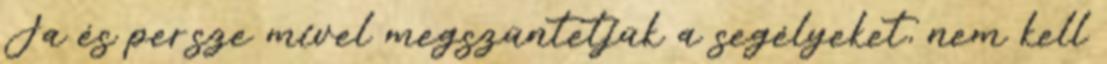
Ja és persze mivel megszüntetjük a segélyeket, nem kell